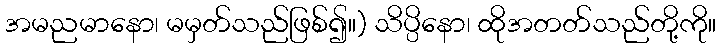
အမညမာနော၊ မမှတ်သည်ဖြစ်၍။) သိပ္ပိနော၊ ထိုအတတ်သည်တို့ကို။